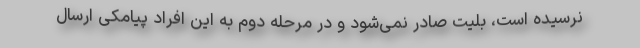
نرسیده است، بلیت صادر نمی‌شود و در مرحله دوم به این افراد پیامکی ارسال